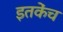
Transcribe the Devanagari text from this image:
इतकेंच